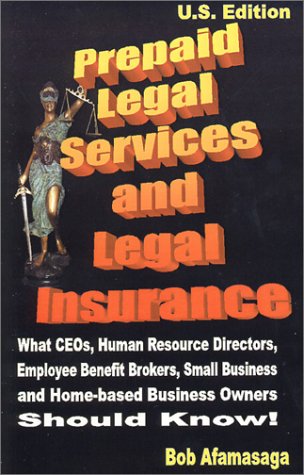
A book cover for Prepaid Legal Services and Legal Insurance : What CEOs, Human Resource Directors, Employee Benefit Brokers, Small Business and Home-based Business Owners Should Know!; Bob Afamasaga; Business & Money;